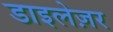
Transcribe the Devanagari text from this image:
डाइलेज़र